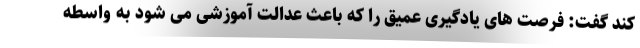
کند گفت: فرصت های یادگیری عمیق را که باعث عدالت آموزشی می شود به واسطه